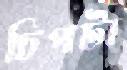
চিপটা